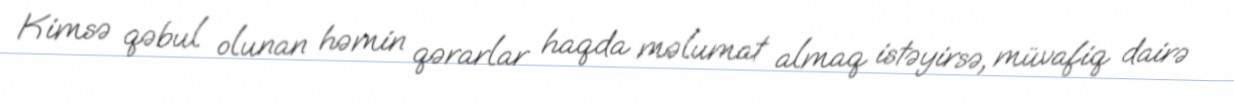
Kimsə qəbul olunan həmin qərarlar haqda məlumat almaq istəyirsə, müvafiq dairə